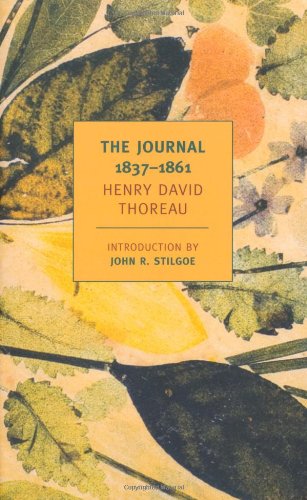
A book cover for The Journal of Henry David Thoreau, 1837-1861 (New York Review Books Classics); Henry David Thoreau; Literature & Fiction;